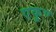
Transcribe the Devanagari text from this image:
एकूण्‍